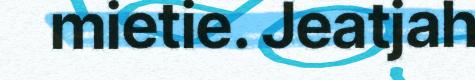
mietie. Jeatjah